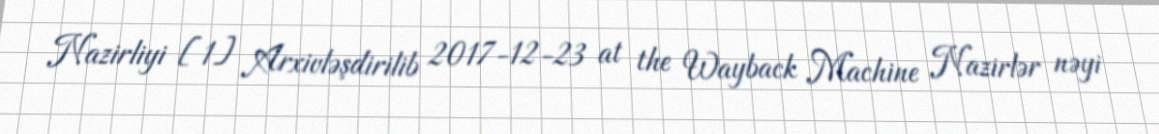
Nazirliyi [1] Arxivləşdirilib 2017-12-23 at the Wayback Machine Nazirlər nəyi